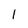
Character: 1